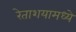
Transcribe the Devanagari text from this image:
रेताशयामध्ये